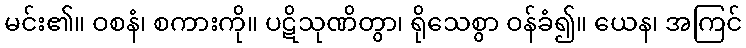
မင်း၏။ ဝစနံ၊ စကားကို။ ပဋိသုဏိတွာ၊ ရိုသေစွာ ဝန်ခံ၍။ ယေန၊ အကြင်